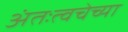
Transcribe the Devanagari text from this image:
अंतःत्वचेच्या